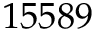
1 5 5 8 9